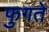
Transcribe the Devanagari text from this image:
फुगते